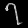
Digit: ၇